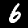
Label: 6